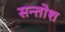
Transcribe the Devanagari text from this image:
सन्तोश